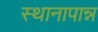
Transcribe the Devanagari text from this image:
स्थानापान्न